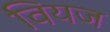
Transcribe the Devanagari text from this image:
वियज